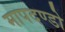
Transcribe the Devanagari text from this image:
मापदण्डो